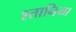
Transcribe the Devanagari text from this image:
श्तानिया